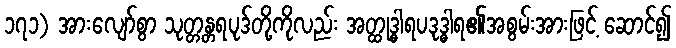
၁၇၁) အားလျော်စွာ သုတ္တန္တရပုဒ်တို့ကိုလည်း အတ္ထုဒ္ဓါရပဒုဒ္ဓါရ၏အစွမ်းအားဖြင့် ဆောင်၍